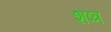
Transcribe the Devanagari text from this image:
शष्त्र